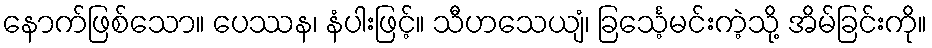
နောက်ဖြစ်သော။ ပေဿန၊ နံပါးဖြင့်။ သီဟသေယျံ၊ ခြင်္သေ့မင်းကဲ့သို့ အိမ်ခြင်းကို။